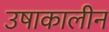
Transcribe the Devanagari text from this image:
उषाकालीन